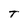
Character: T